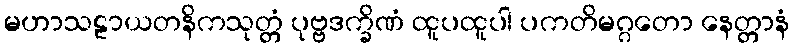
မဟာသဠာယတနိကသုတ္တံ ပုဗ္ဗဒက္ခိဏံ ထူပထူပါ ပကတိမဂ္ဂတော နေတ္တာနံ